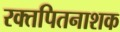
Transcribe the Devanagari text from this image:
रक्तपितनाशक